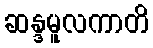
ဆန္ဒမူလကာတိ